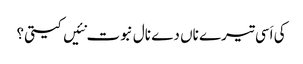
کی اَسی تیرے ناں دے نال نبوت نئیں کیتی؟